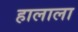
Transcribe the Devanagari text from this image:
हालाला